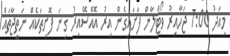
މިއަދު 7:00 ޖަހާއިރު ވޯޓްލާން ފަށައިގެން އިރު އޮއްސޭއިރު ގިނަ ފޮށިތަކެއް ނަތީޖާތައް